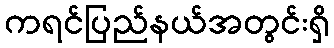
ကရင်ပြည်နယ်အတွင်းရှိ